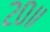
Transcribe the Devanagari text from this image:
२०॥